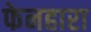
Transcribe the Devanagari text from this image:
फेनहारा